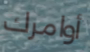
أوامرك